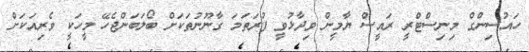
ހައުސިންގް މިނިސްޓްރީ ރައީސް ޔާމީން ވިދާޅުވީ ފުރަތަމަ ގާނޫނުތަކަށް ބޯލަބަންޖެހޭ މީހަކީ ވެރިއަކަށް